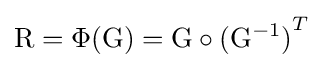
\mathrm {R} =\Phi (\mathrm {G} )=\mathrm {G} \circ {(\mathrm {G} ^{-1})}^{T}